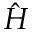
\hat { H }